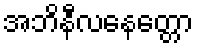
အဘိနီလနေတ္တော